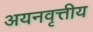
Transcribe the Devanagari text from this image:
अयनवृत्तीय